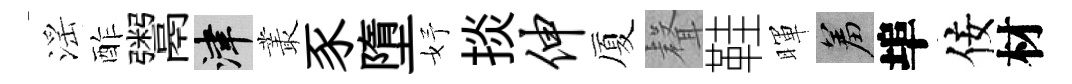
滛酢鬻津叢豕墮妤掞伸厦𮋻鞋暉羞埠佞材